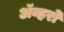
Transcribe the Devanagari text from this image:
ॲव्हरो